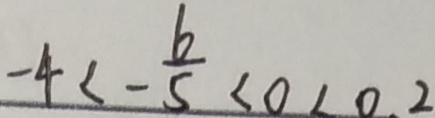
- 4 < - \frac { b } { 5 } < 0 < 0 . 2